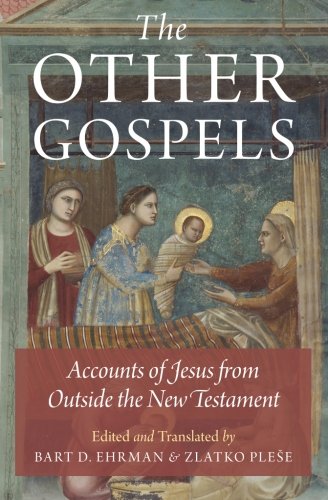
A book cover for The Other Gospels: Accounts of Jesus from Outside the New Testament; Christian Books & Bibles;